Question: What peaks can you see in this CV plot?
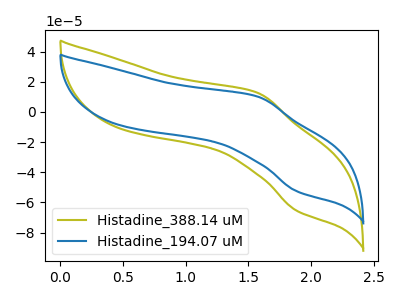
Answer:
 <answer>The olive curve "Histadine_388.14 uM" has an anodic peak at (1.55V, 12.70uA) and a cathodic peak at (1.90V, -65.50uA). The blue curve "Histadine_194.07 uM" has an anodic peak at (1.55V, 10.20uA) and a cathodic peak at (1.90V, -52.60uA).</answer>
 <eval></eval>